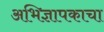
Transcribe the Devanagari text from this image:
अभिज्ञापकाचा